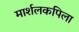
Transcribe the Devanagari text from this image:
मार्शलकपिला